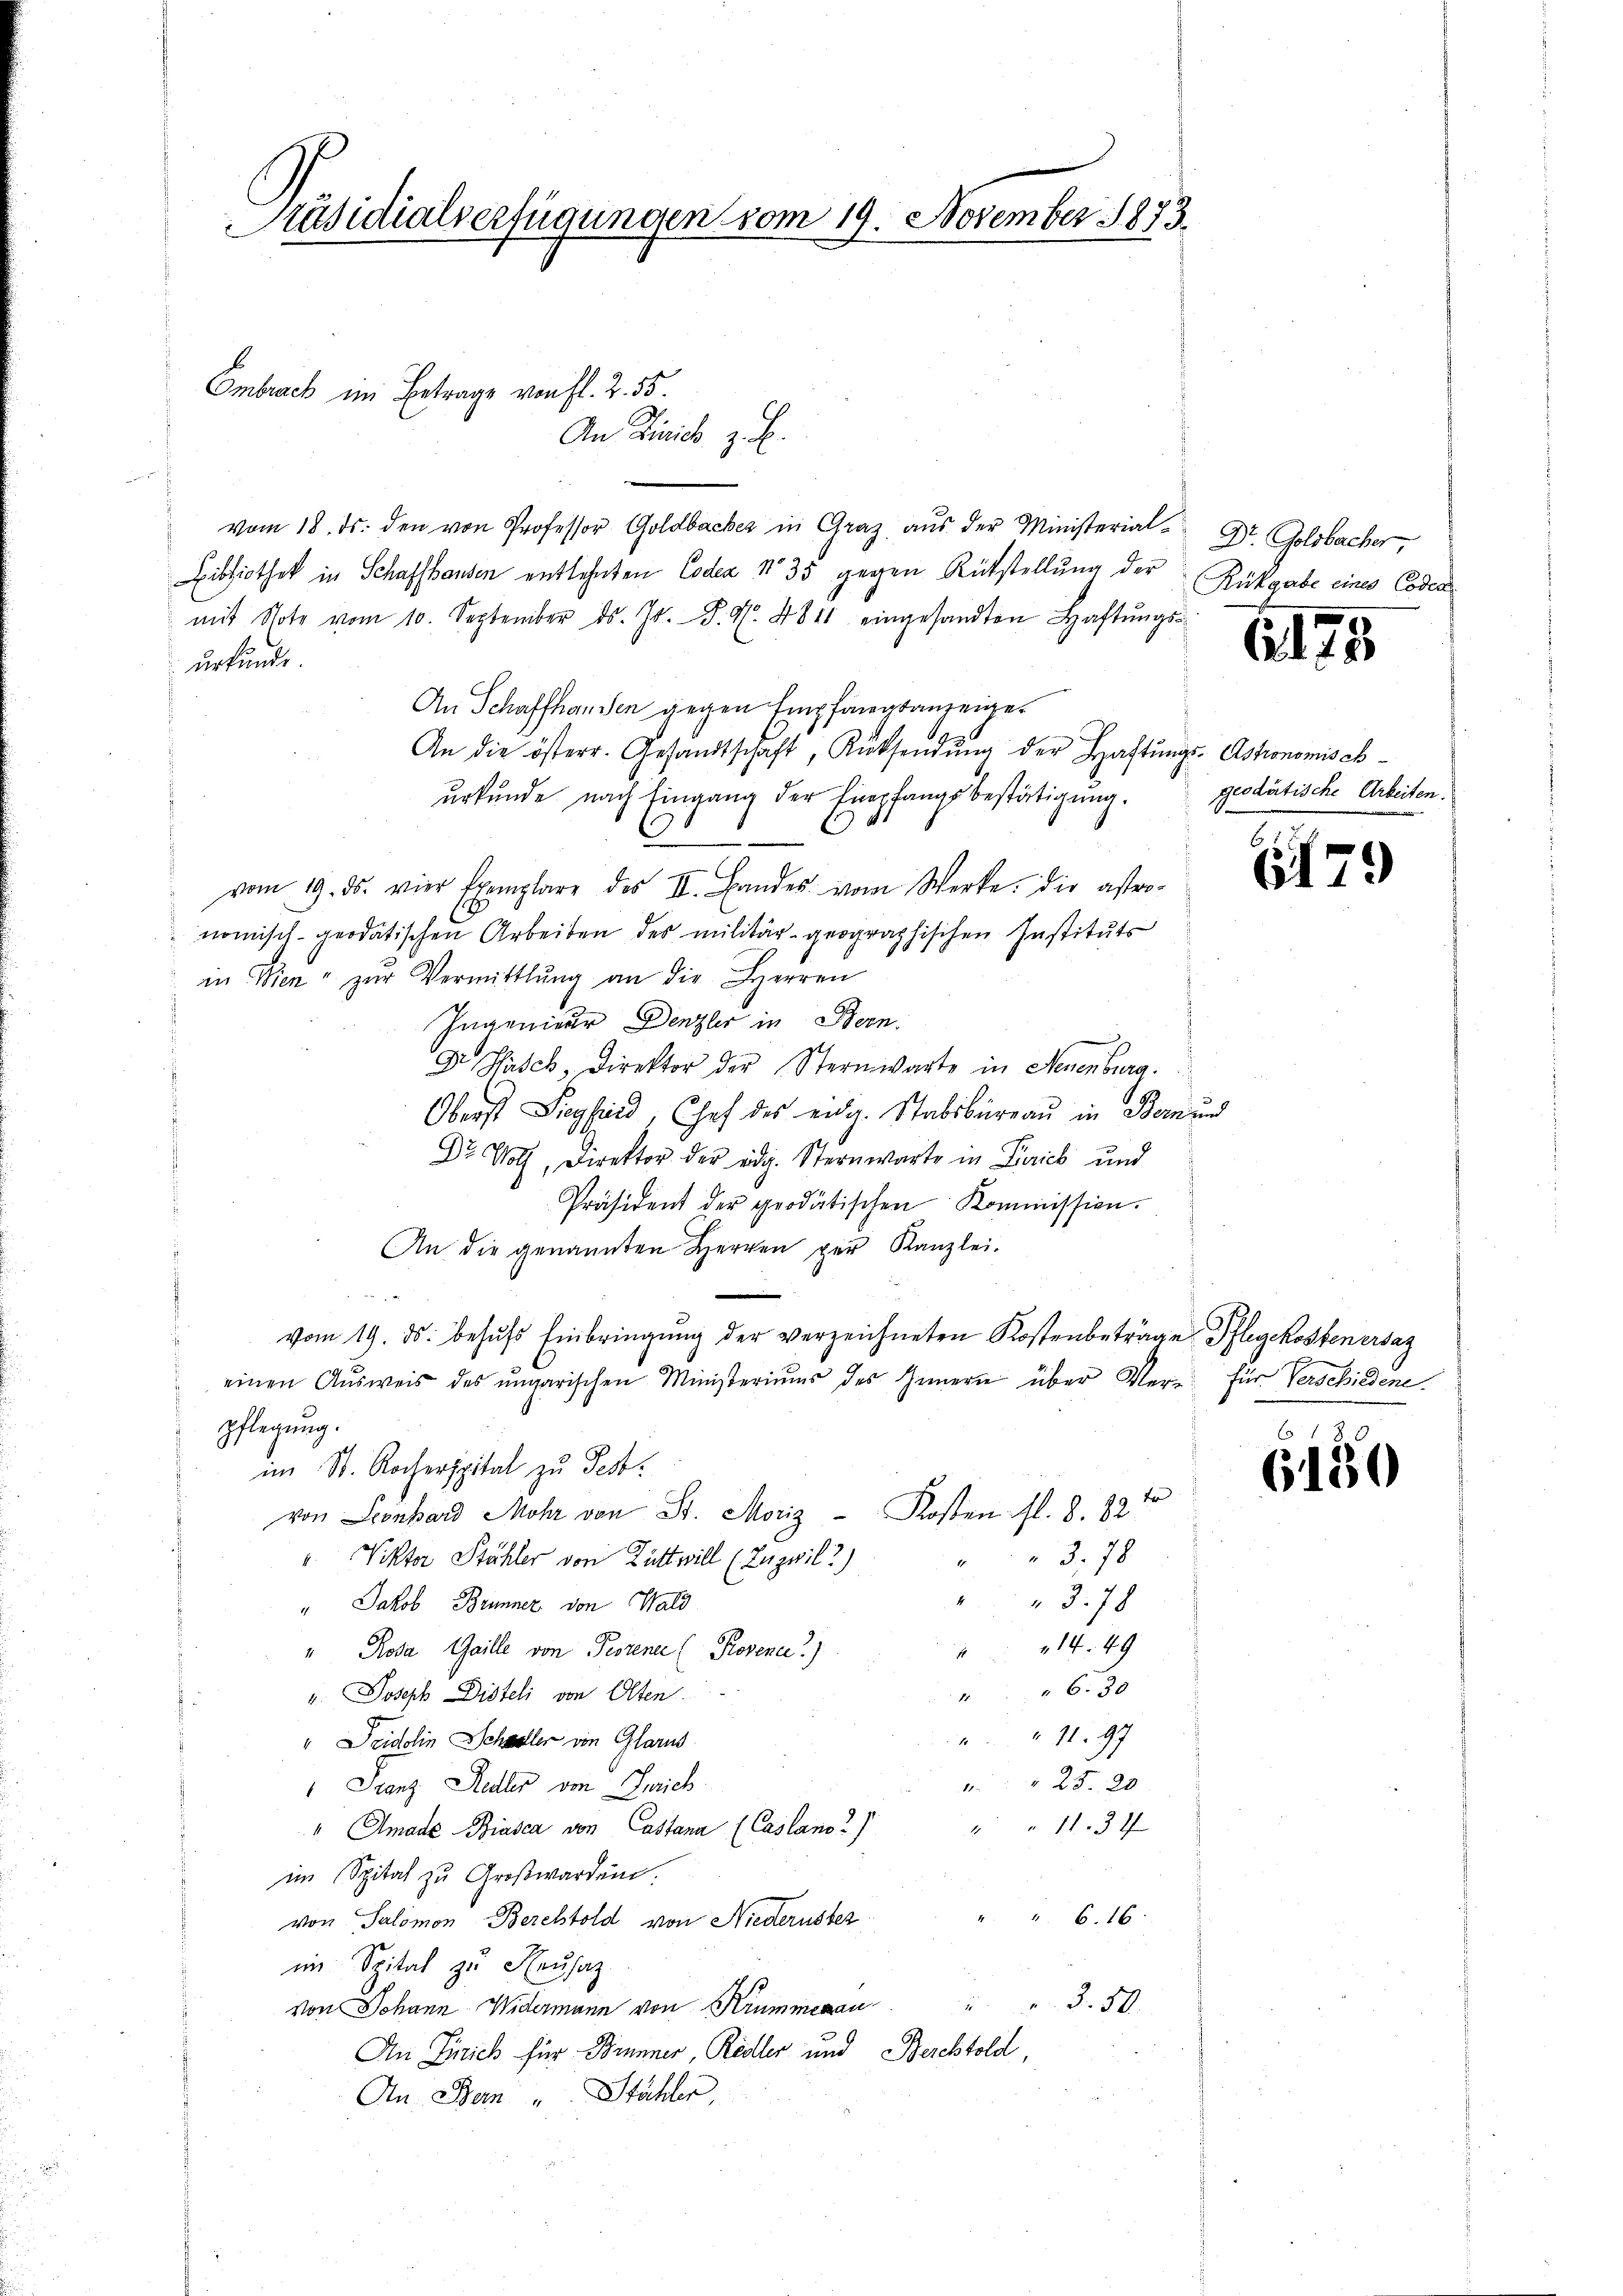
Präsidialverfügungen vom 19. November 1873.

Embrack im Betrage von fl. 2. 55.

vom 18. ds. den von Professor Goldbacher in Graz aŭs der Ministerial- Dr. Goldbacher,
Bibliothek in Schaffhausen entlehnten Codex No 35 gegen Rükstellung der
mit Note vom 10. September d. J. P. M. 4811 eingesandten Haftŭngs-
urkunde.
An Schaffhanden gegen Empfangsanzeiger
An die österr. Gesandtschaft, Rücksendŭng der Haftungs-Astronomischurkunde nach Eingang der Empfangsbestätigung.
C
vom 19. ds. vier Exemplare des II. Bandes vom Werke. Die astro-
nomisch-geodätischen Arbeiten des militär geographischen Instituts
in Wien " zŭr Vermittlung an die Herren
Ingenieur Denzler in Bern.
Dr Pasch, Direktor der Sternwarte in Neuenburg.
Oberst Siegfried, Chef des eidg. Stabsbureau in Bern und
Dr Wolf, Direktor der eidg. Sternwarte in Gerich und
Präsident der prodätischen Kommission.
An die genannten Herren per Kanzlei-
vom 19. ds. behŭfs Einbringŭng der verzeichneten Kostenbeträge Pflegekostenersaz
einen Aŭsweis des ŭngarischen Ministeriums des Innern über Ver- für Verschiedene
pflegung.
im St. Kocherspital zu Festvon Leonhard Mohr von St. Moriz - Kosten fl. 8. 22 tr
3.78
 Viktor Stähler von Züttwill (Zugvil?)
" 378
" Jakob Brunner von Wald
 14. 49
" Rosa Gaille von Pistener (Provene)
" " " 6. 30
u. Joseph Disteli von Olten.
1197
" Seidolin Schweller von Glarus
 25. 20
Franz Sedler von Gerich
"1137
" Amade Biasca von Castana (Casland?
im Spital zu Großwarden.
 6. 16
von Salomon Berchtold von Niederuster
im Spital zu Neusaz
von Johann Widermann von Krummenau " " 3. 50
An Zürich für Zimmer, Redler und Berchtold,
An Bern Stähler,

An Linie z. B.

Rükgabe eines Coden

E. 175

geodistische Arbeiten.

6179

6150